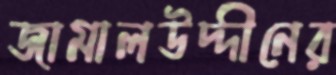
জামালউদ্দীনের